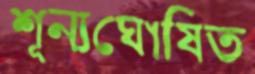
শূন্যঘোষিত